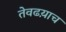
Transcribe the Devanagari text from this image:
तेवढय़ाच